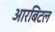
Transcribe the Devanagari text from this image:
आरबिटल